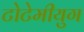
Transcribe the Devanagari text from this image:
टोटेमीयुग